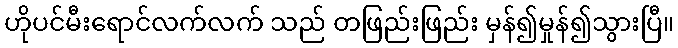
ဟိုပင်မီးရောင်လက်လက် သည် တဖြည်းဖြည်း မှန်၍မှုန်၍သွားပြီ။